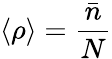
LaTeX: \left\langle\rho\right\rangle=\frac{\bar{n}}{N}